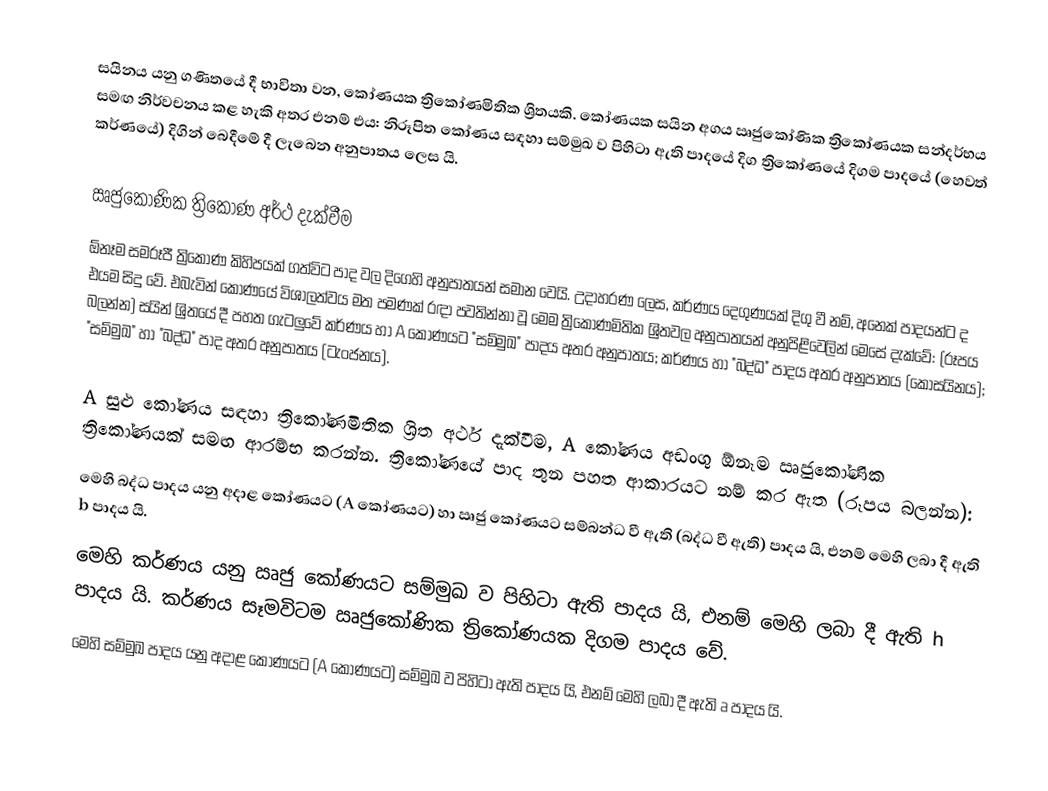
සයිනය යනු ගණිතයේ දී භාවිතා වන, කෝණයක ත්‍රිකෝණමිතික ශ්‍රිතයකි. කෝණයක සයින අගය ඍජුකෝණික ත්‍රිකෝණයක සන්දර්භය සමඟ නිර්වචනය කළ හැකි අතර එනම් එය: නිරූපිත කෝණය සඳහා සම්මුඛ ව පිහිටා ඇති පාදයේ දිග ත්‍රිකෝණයේ දිගම පාදයේ (හෙවත් කර්ණයේ) දිගින් බෙදීමේ දී ලැබෙන අනුපාතය ලෙස යි.

ඍජුකෝණික ත්‍රිකෝණ අර්ථ දැක්වීම
ඕනෑම සමරූපී ත්‍රිකෝණ කිහිපයක් ගත්විට පාද වල දිගෙහි අනුපාතයන් සමාන වෙයි. උදාහරණ ලෙස, කර්ණය දෙගුණයක් දිගු වී නම්, අනෙක් පාදයන්ට ද එයම සිදු වේ. එබැවින් කෝණයේ විශාලත්වය මත පමණක් රඳා පවතින්නා වූ මෙම ත්‍රිකෝණමිතික ශ්‍රිතවල අනුපාතයන් අනුපිළිවෙලින් මෙසේ දැක්වේ: (රූපය බලන්න) සයින් ශ්‍රිතයේ දී පහත ගැටලුවේ කර්ණය හා A කෝණයට "සම්මුඛ" පාදය අතර අනුපාතය; කර්ණය හා "බද්ධ" පාදය අතර අනුපාතය (කෝසයිනය); "සම්මුඛ" හා "බද්ධ" පාද අතර අනුපාතය (ටැංජනය).

A සුළු කෝණය සඳහා ත්‍රිකෝණමිතික ශ්‍රිත අර්ථ දැක්වීම, A කෝණය අඩංගු ඕනෑම ඍජුකෝණික ත්‍රිකෝණයක් සමඟ ආරම්භ කරන්න. ත්‍රිකෝණයේ පාද තුන පහත ආකාරයට නම් කර ඇත (රූපය බලන්න):
 මෙහි බද්ධ පාදය යනු අදාළ කෝණයට (A කෝණයට) හා ඍජු කෝණයට සම්බන්ධ වී ඇති (බද්ධ වී ඇති) පාදය යි, එනම් මෙහි ලබා දී ඇති b පාදය යි.
 මෙහි කර්ණය යනු ඍජු කෝණයට සම්මුඛ ව පිහිටා ඇති පාදය යි, එනම් මෙහි ලබා දී ඇති h පාදය යි. කර්ණය සෑමවිටම ඍජුකෝණික ත්‍රිකෝණයක දිගම පාදය වේ.
 මෙහි සම්මුඛ පාදය යනු අදාළ කෝණයට (A කෝණයට) සම්මුඛ ව පිහිටා ඇති පාදය යි, එනම් මෙහි ලබා දී ඇති a පාදය යි.